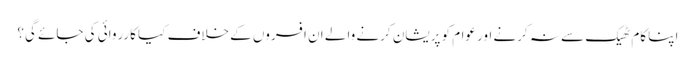
اپنا کام ٹھیک سے نہ کرنے اور عوام کو پریشان کرنے والے ان افسروں کے خلاف کیا کارروائی کی جائے گی؟